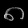
Digit: ၈